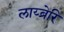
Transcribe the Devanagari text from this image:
लाय्ब्रेरि